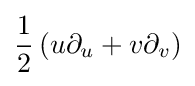
{\frac {1}{2}}\left(u\partial _{u}+v\partial _{v}\right)